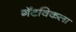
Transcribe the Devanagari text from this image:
गॅटविकला